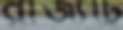
রাজ্যটি